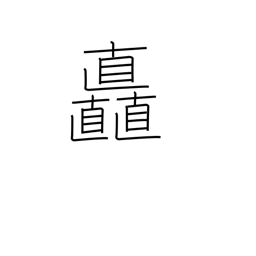
Meaning: luxuriance